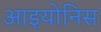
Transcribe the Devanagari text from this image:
आइयोनिस